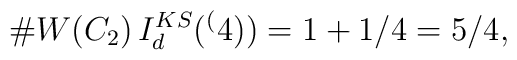
\#W(C_2) \, I_d^{KS}(\sp(4)) = 1+1/4=5/4,